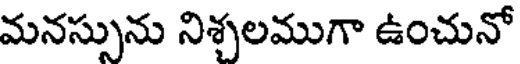
మనస్సును నిశ్చలముగా ఉంచునో